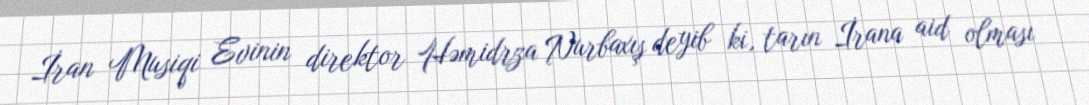
İran Musiqi Evinin direktor Həmidrza Nurbaxış deyib ki, tarın İrana aid olması